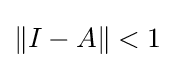
\left\|I-A\right\|<1